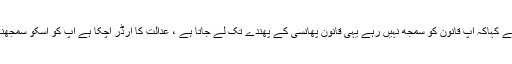
انہوںنے کہاکہ آپ قانون کو سمجھ نہیں رہے یہی قانون پھانسی کے پھندے تک لے جاتا ہے ، عدالت کا آرڈر آچکا ہے آپ کو اسکو سمجھنا ہوگا۔